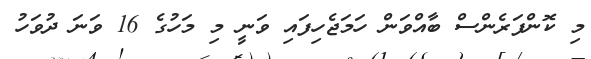
މި ކޮންފަރެންސް ބާއްވަން ހަމަޖެހިފައި ވަނީ މި މަހުގެ 16 ވަނަ ދުވަހު